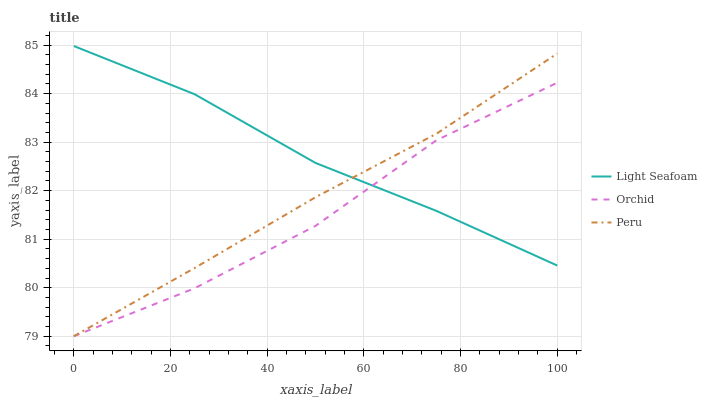
| xaxis_label | Light Seafoam | Orchid | Peru |
 | --- | --- | --- | --- |
 | 0 | 85 | 79 | 79 |
 | 25 | 84 | 80 | 80.4 |
 | 50 | 82.6 | 81.3 | 81.9 |
 | 75 | 81.6 | 83 | 83.2 |
 | 100 | 80.5 | 84.2 | 84.8 |